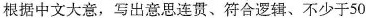
根据中文大意，写出意思连贯、符合逻辑、不少于50